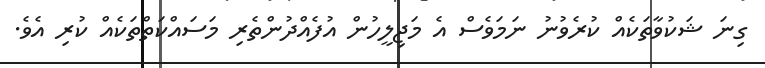
ގިނަ ޝަކުވާތަކެއް ކުރެވުނު ނަމަވެސް އެ މަޖިލީހުން އުފެއްދުންތެރި މަސައްކަތްތަކެއް ކުރި އެވެ.